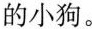
的小狗。